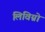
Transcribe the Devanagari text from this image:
लिविग्नो